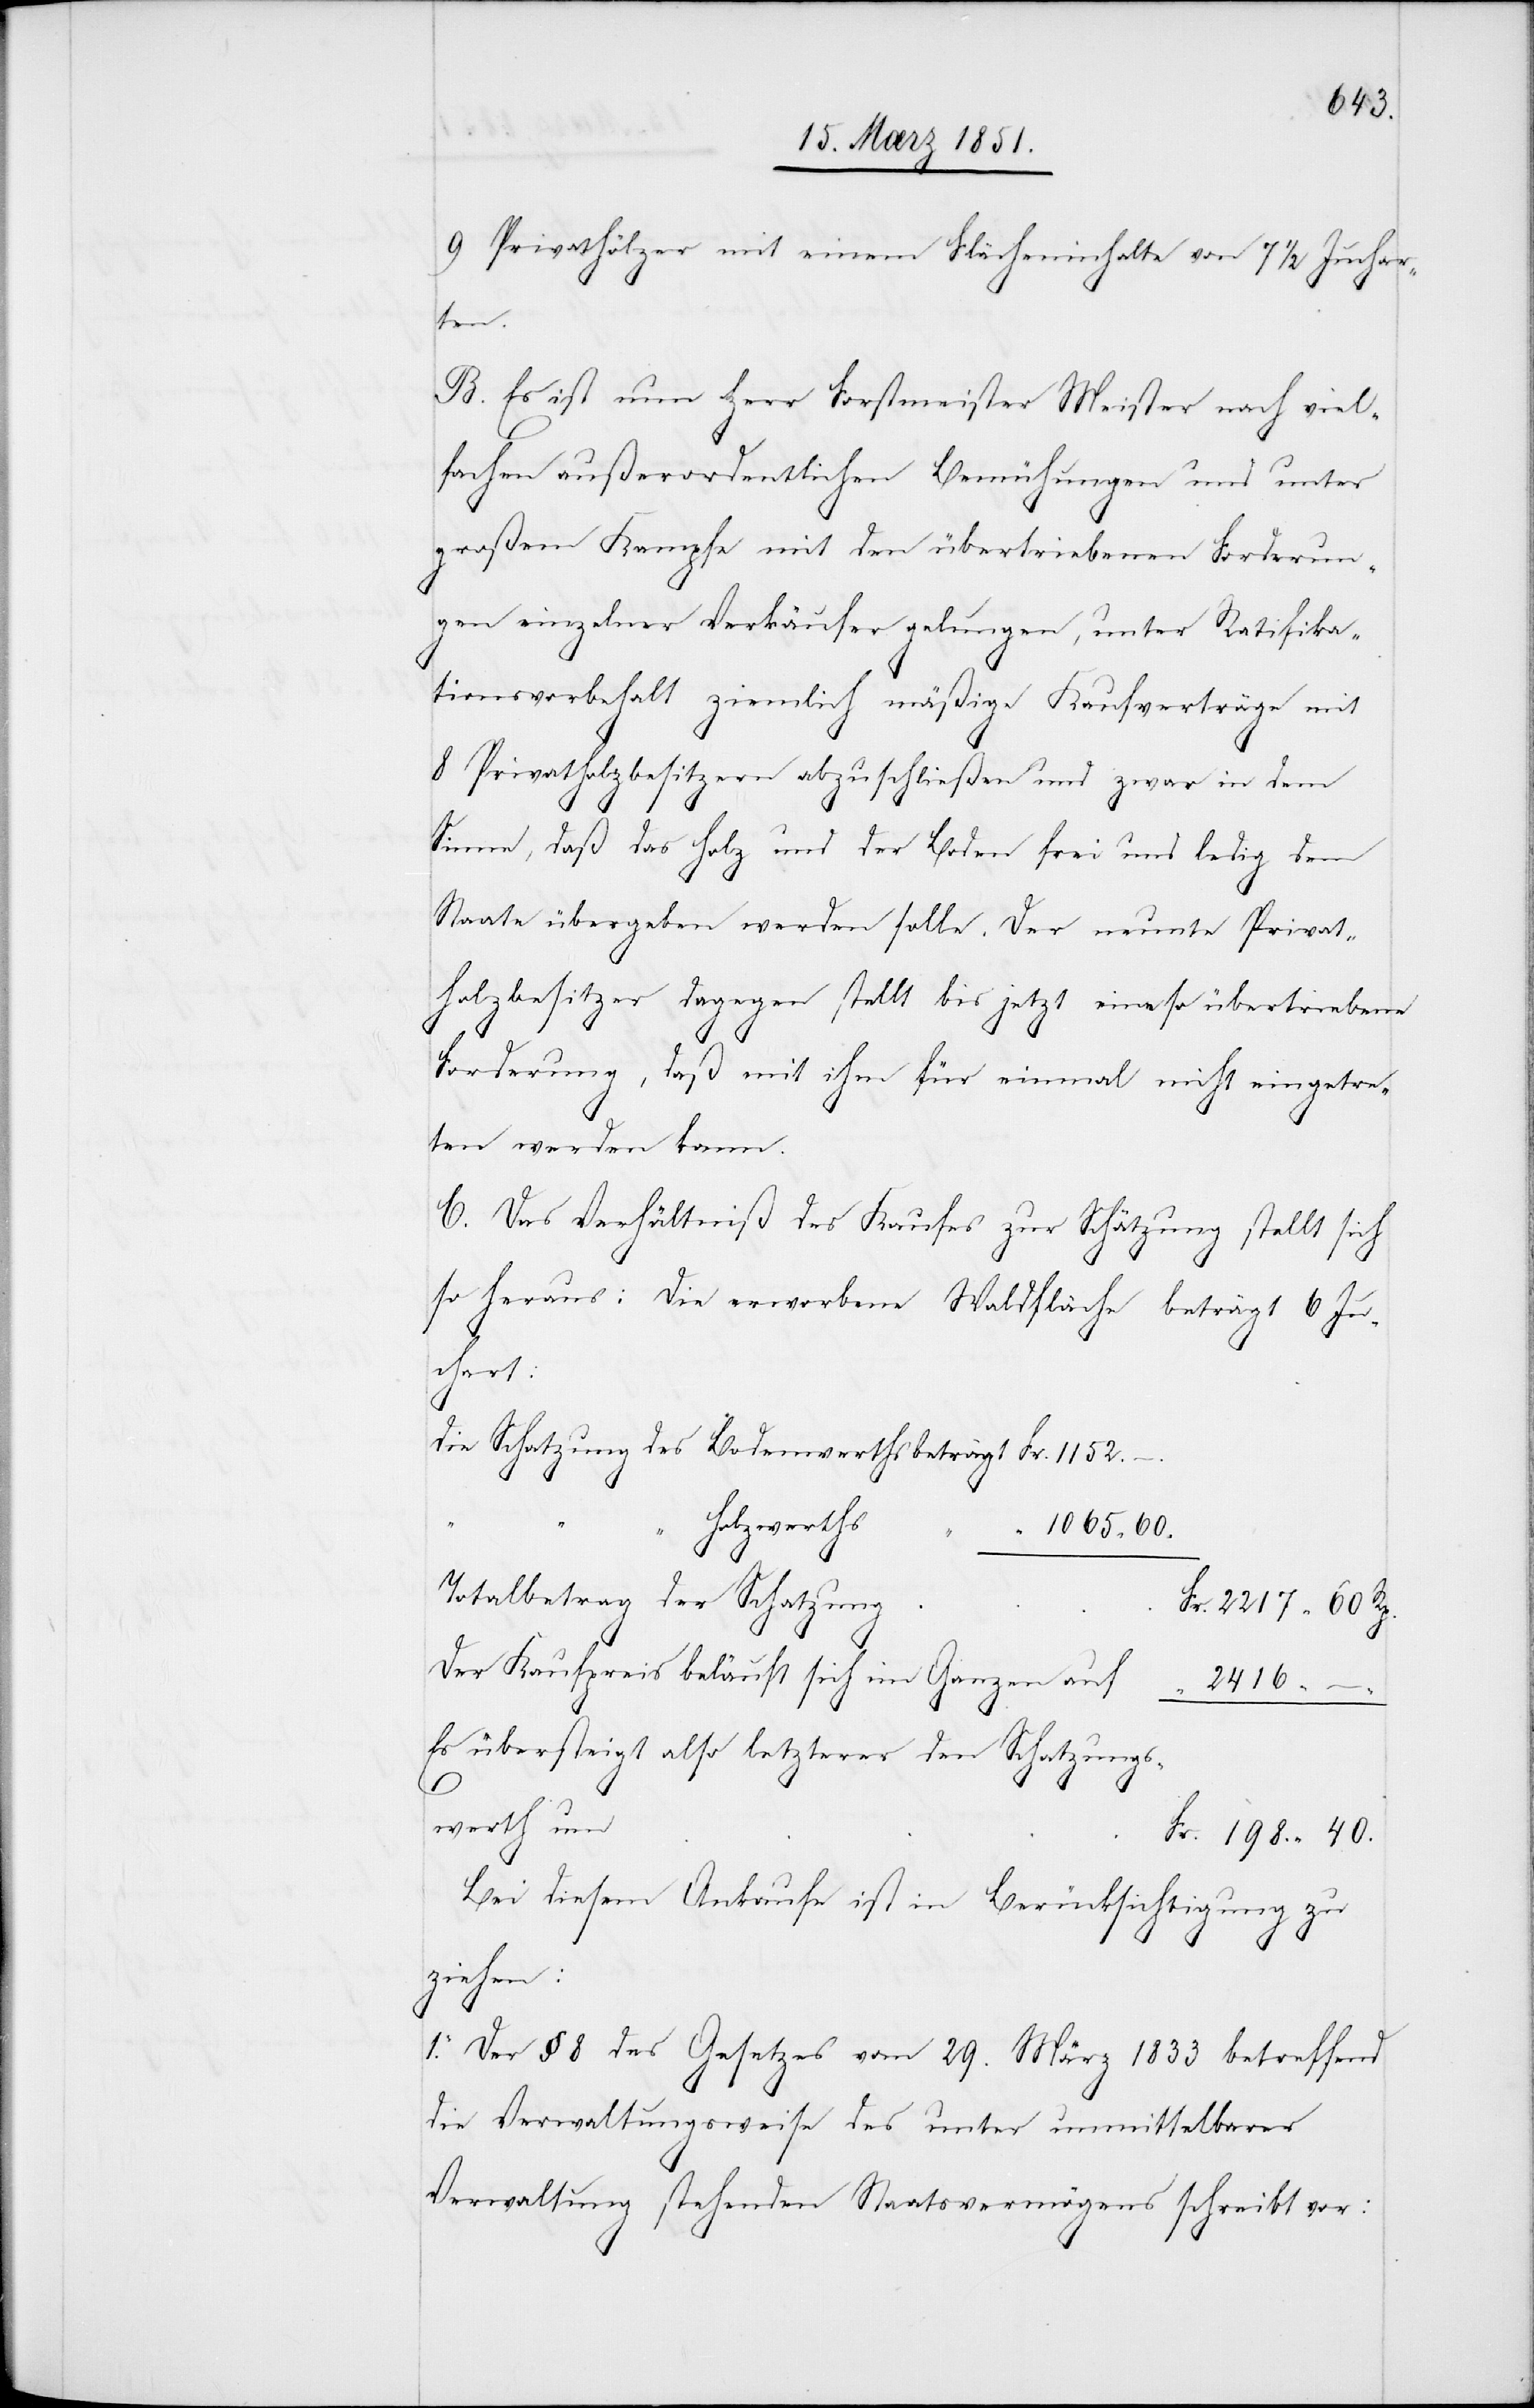
1152.
9 Privathölzer mit einem Flächeninhalte von 7 1/2 Juchar¬
ten.
B. Es ist nun Herr Forstmeister Meister nach viel¬
fachen außerordentlichen Bemühungen und unter
großem Kampfe mit den übertriebenen Forderun¬
gen einzelner Verkäufer gelungen, unter Ratifika¬
tionsvorbehalt ziemlich mäßige Kaufverträge mit
8 Privatholzbesitzern abzuschließen und zwar in dem
198.
Sinne, daß das Holz und der Boden frei und ledig dem
Staate übergeben werden solle. Der neunte Privat¬
holzbesitzer dagegen stellt bis jetzt eine so übertriebene
Forderung, daß mit ihm für einmal nicht eingetre¬
ten werden kann.
C. Das Verhältniß des Kaufes zur Schätzung stellt sich
40.
so heraus: Die erworbene Waldfläche beträgt 6 Ju¬
chart:
Holzwerths
1065 60.
Totalbetrag der Schatzung
Der Kaufpreis beläuft sich im Ganzen auf
Es übersteigt also letzterer den Schatzungs¬
werth um
Bei diesem Ankaufe ist in Berücksichtigung zu
60
ziehen:
1. Der § 8 des Gesetzes vom 29. März 1833 betreffend
die Verwaltungsweise des unter unmittelbarer
Verwaltung stehenden Staatsvermögens schreibt vor: